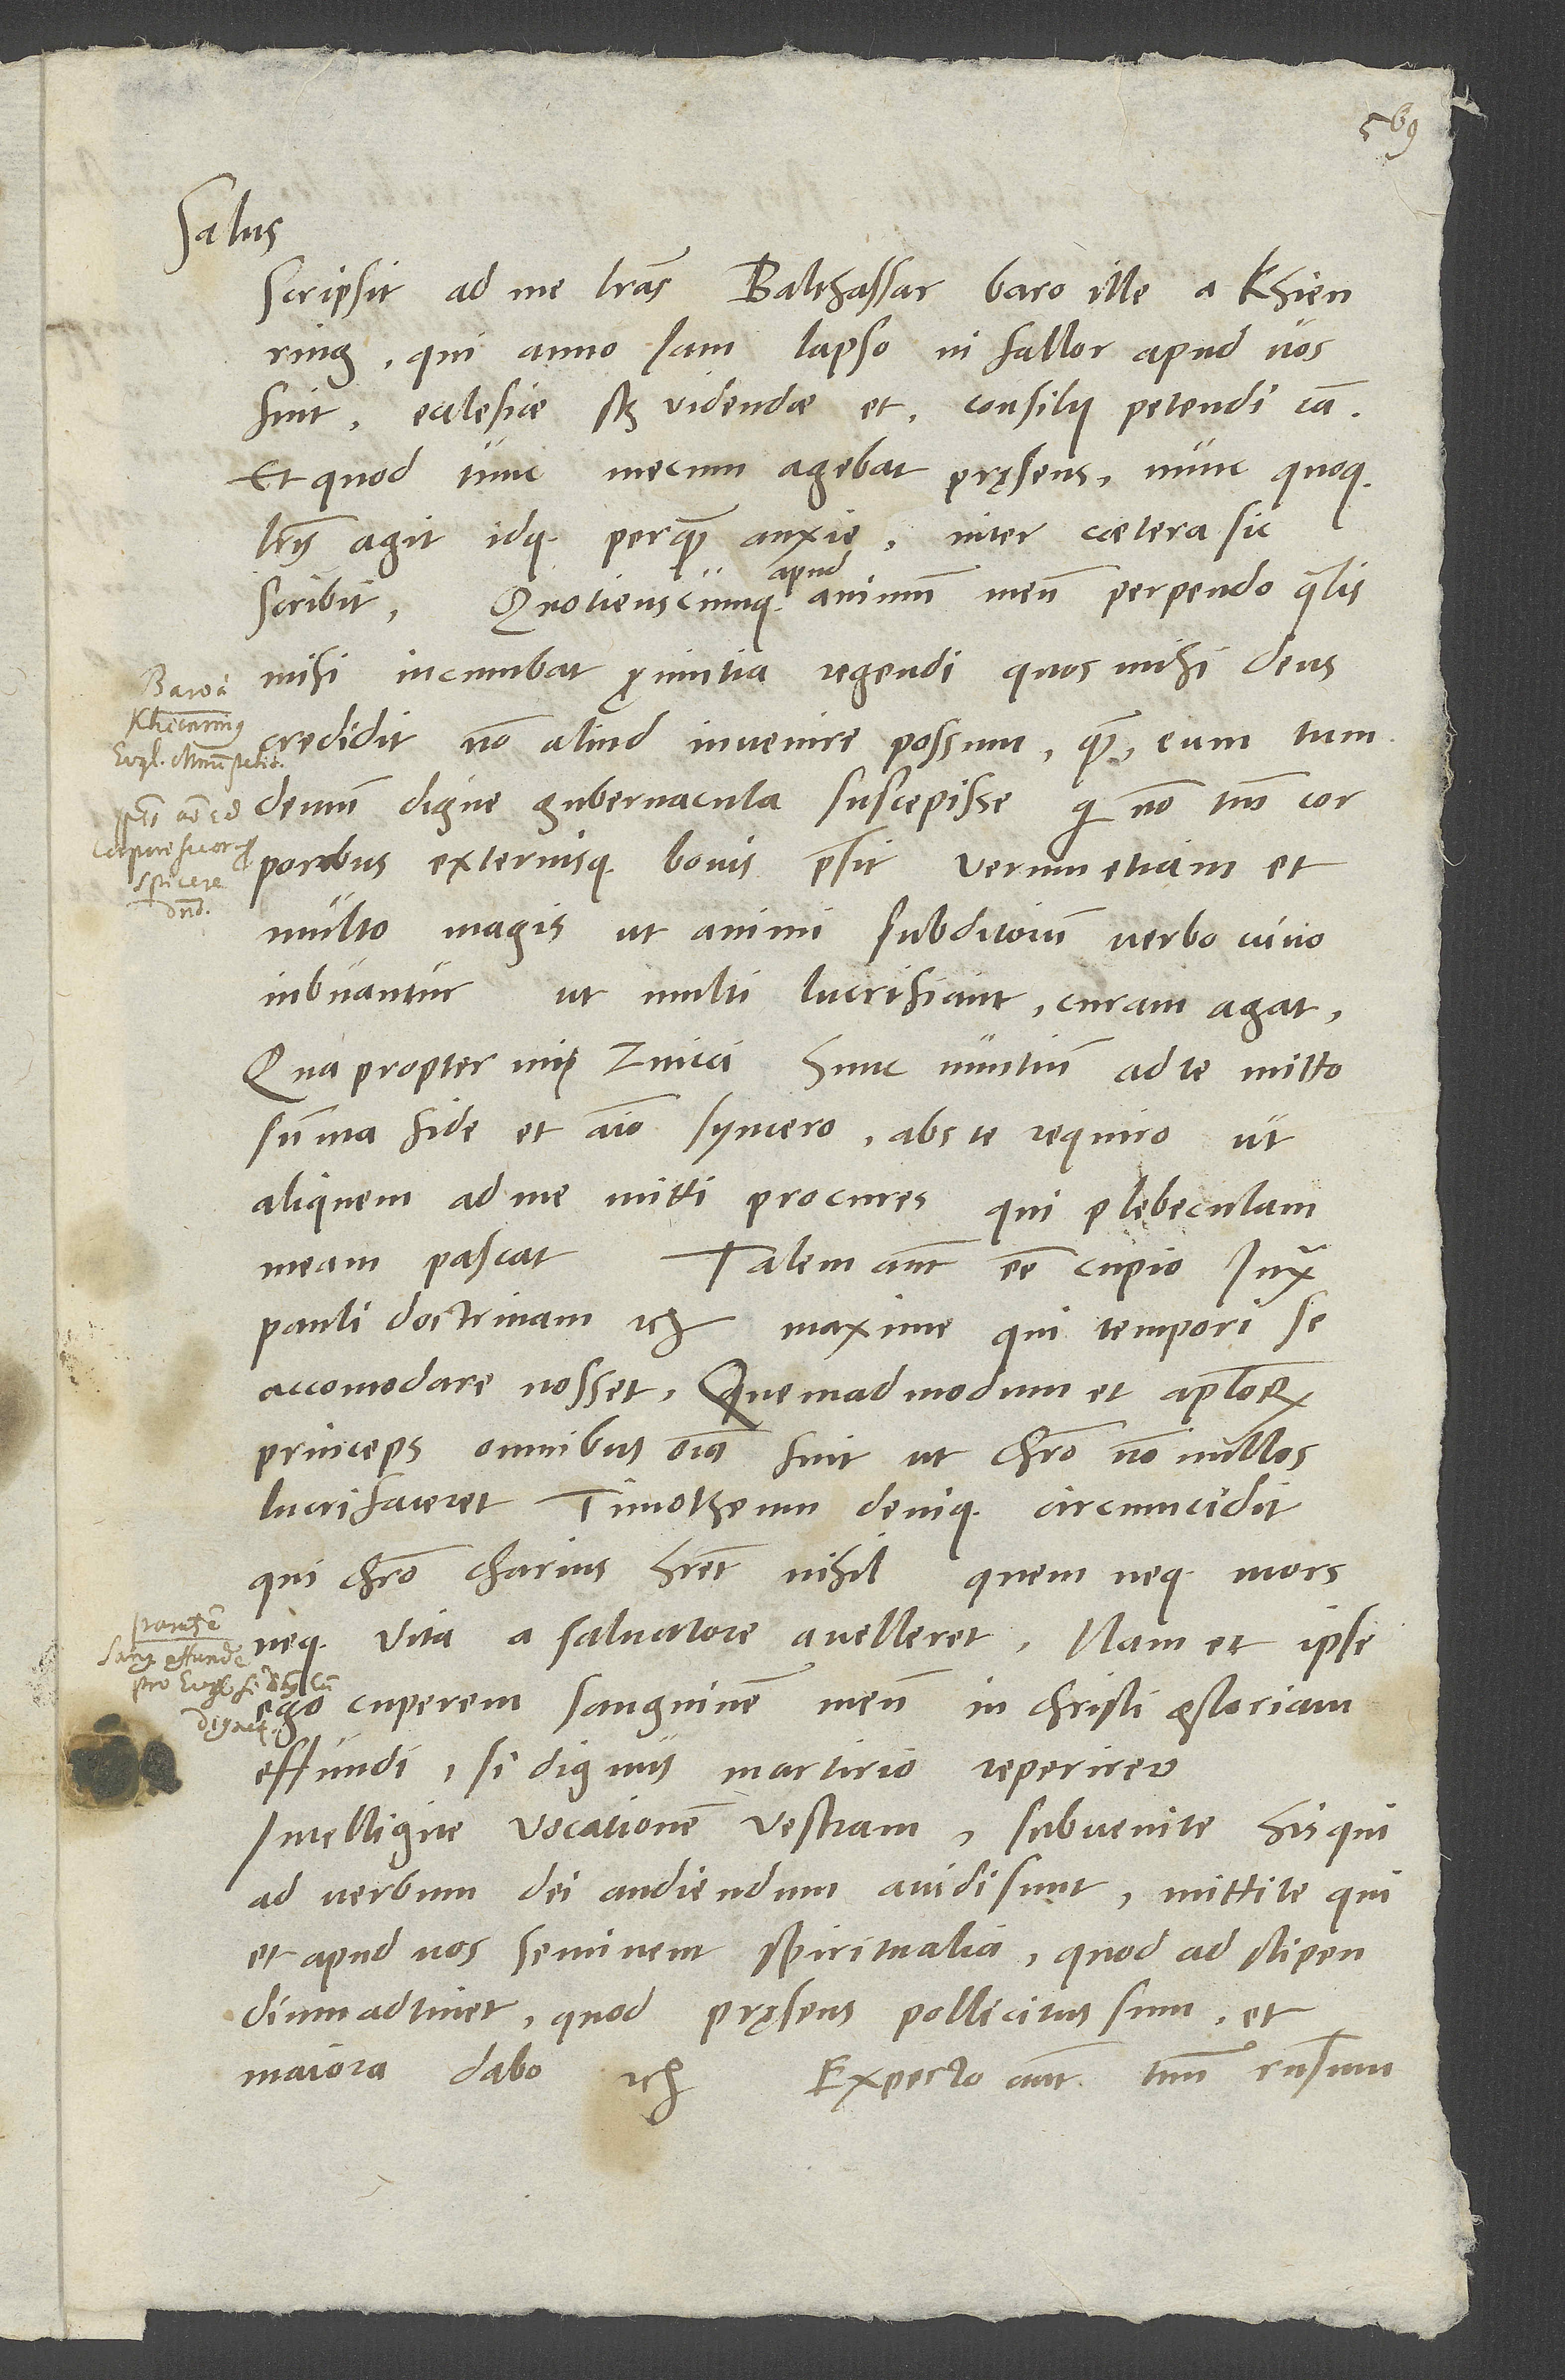
Salus.
Scripsit ad me literas Balthassar baro ille a Khienring,
qui anno iam lapso, ni fallor, apud vos
fuit, ecclesiae scilicet videndae et consilii petendi causa.
Et quod tunc mecum agebat pręsens, nunc quoque
literis agit idque perquam anxie. Inter caetera sic
scribit: "Quotienscumque apud animum meum perpendo, qualis
mihi incumbat provintia regendi, quos mihi deus
credidit, non aliud invenire possum, quam eum tum
demum digne gubernacula suscepisse, qui non tantum
corporibus externisque bonis praesit, verum etiam et
Domino
multo magis, ut animi subditorum verbo vivo
inbuantur, ut multi lucrifiant, curam agat.
Quapropter, mi Zvicci, hunc nuntium ad te mitto,
summa fide et animo syncero abs te requiro, ut
aliquem ad me mitti procures, qui plebeculam
meam pascat.
Talem autem esse cupio iuxta
Pauli doctrinam etc., maxime, qui tempori se
accomodare nosset, quemadmodum et apostolorum
princeps omnibus omnia fuit, ut Christo non nullos
lucrifaceret, Timotheum denique circumcidit;
qui Christo charius haberet nihil, quem neque mors
neque vita a salvatore avelleret. Nam et ipse
ego cuperem sanguinem meum in Christi gloriam
effundi, si dignus martirio reperirer.
Intelligite vocationem vestram, subvenite his, qui
ad verbum dei audiendum avidi sunt; mittite, qui
et apud nos seminent spiritualia. Quod ad stipendium
adtinet: Quod pręsens pollicitus sum et
maiora Dabo etc. Expecto autem tuum responsum,